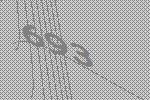
693